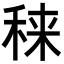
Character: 𥟂